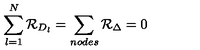
\sum _ { l = 1 } ^ { N } { \cal R } _ { D _ { l } } = \sum _ { n o d e s } { \cal R } _ { \Delta } = 0